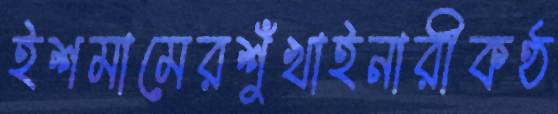
ইশমামেরশুঁখাইনারীকণ্ঠ